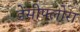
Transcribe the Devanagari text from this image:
डेंसीफ्लोरा